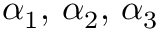
\alpha _ { 1 } , \, \alpha _ { 2 } , \, \alpha _ { 3 }